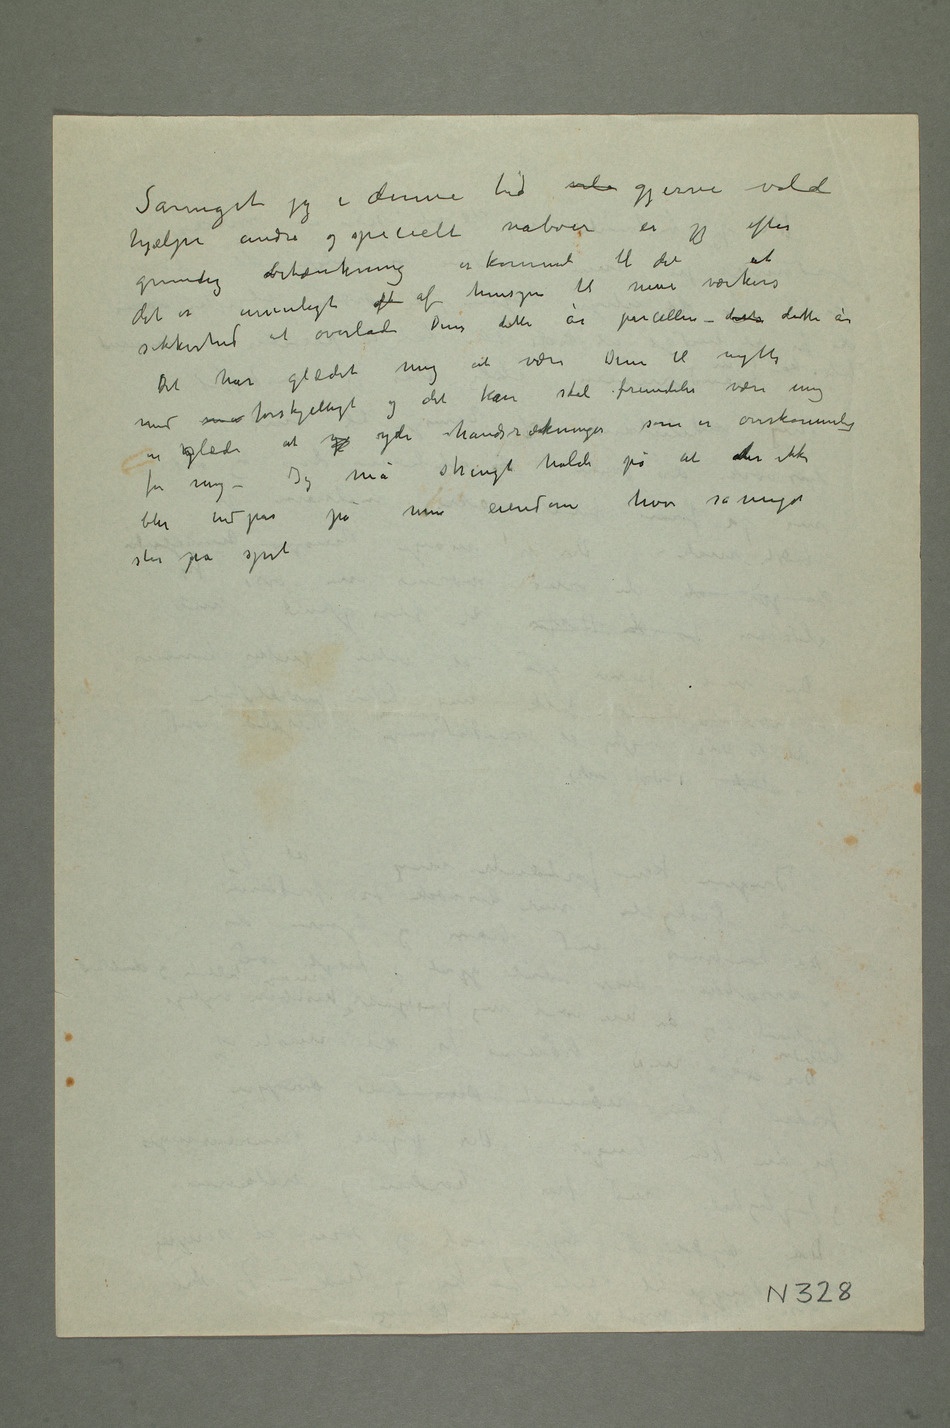
Såmeget jeg i denne tid vile gjerne vilde
hjælpe andre og specielt naboer
er jeg efter
grundig betænkning er kommet til det
at det er umuligt af af hensyn til
sikkerhed at overlade Dem dette år
Det har glædet mig at være
en hglæde at y yde håndsrækninger som
for mig – Jeg må strengt holde
blir indpas på min eiendom hvor såmeget